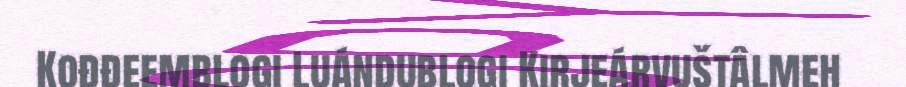
Kođđeemblogi Luándublogi Kirjeárvuštâlmeh